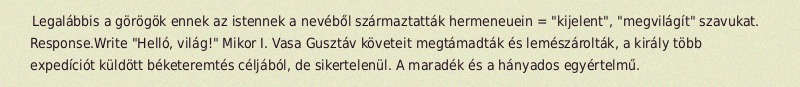
Legalábbis a görögök ennek az istennek a nevéből származtatták hermeneuein = "kijelent", "megvilágít" szavukat. Response.Write "Helló, világ!" Mikor I. Vasa Gusztáv követeit megtámadták és lemészárolták, a király több expedíciót küldött béketeremtés céljából, de sikertelenül. A maradék és a hányados egyértelmű.